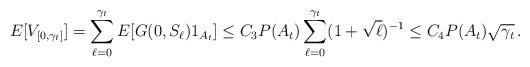
LaTeX: \begin{align*}E[V_{[0,\gamma_t]}] = \sum_{\ell=0}^{\gamma_t} E[G(0,S_\ell) 1_{A_t} ] \le C_3 P(A_t) \sum_{\ell=0}^{\gamma_t} (1+\sqrt{\ell})^{-1} \le C_4 P(A_t) \sqrt{\gamma_t} \,.\end{align*}